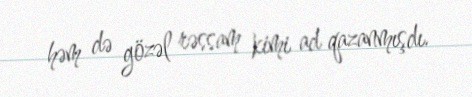
həm də gözəl rəssam kimi ad qazanmışdı.